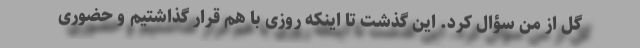
گل از من سؤال کرد. این گذشت تا اینکه روزی با هم قرار گذاشتیم و حضوری